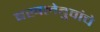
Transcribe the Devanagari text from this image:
बखलेबुवांचे